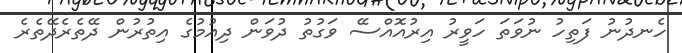
ހެނދުނު ފަތިހު ނުވަތަ ހަވީރު އިރުއޮއްސޭ ވަގުތު ދުވަން ދިއުމުގެ އިތުރުން ދޭތެރެދޭތެރެ